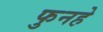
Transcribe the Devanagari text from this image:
फुनहे